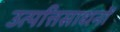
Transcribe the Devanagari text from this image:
उत्पत्तिसाधनों